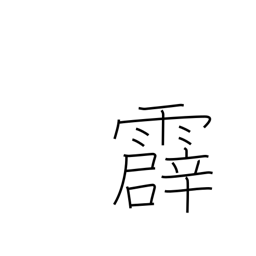
Meaning: thunder